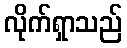
လိုက်ရှာသည်